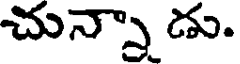
చున్నా డు.